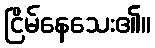
ငြိမ်နေသေး၏။